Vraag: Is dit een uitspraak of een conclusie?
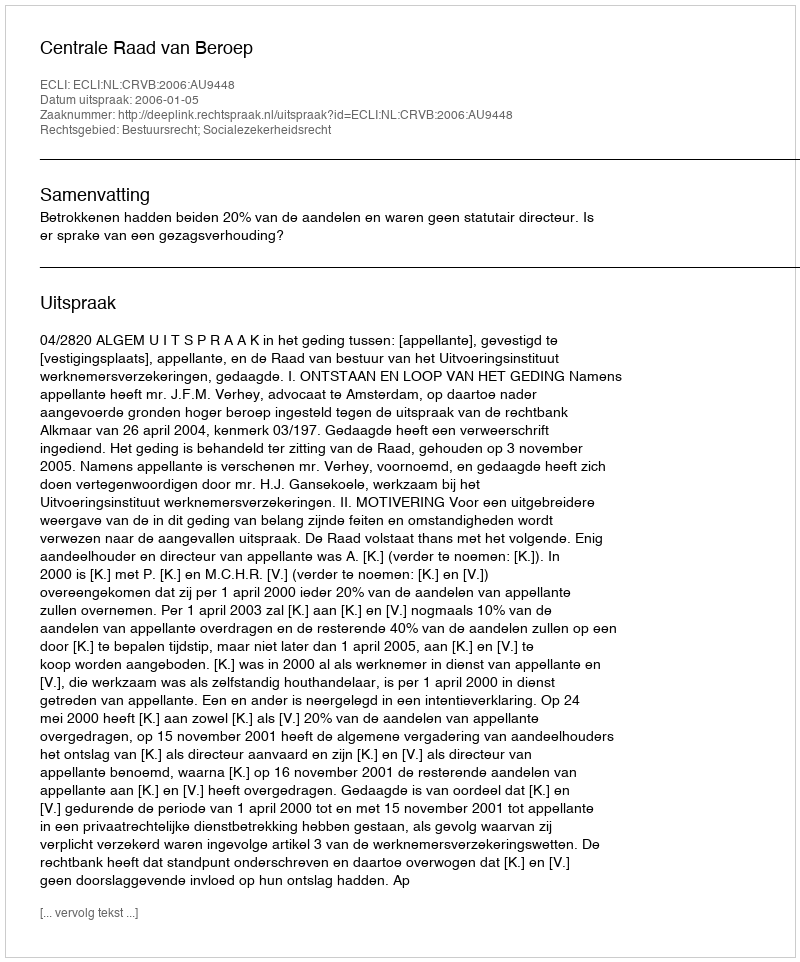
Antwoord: Uitspraak